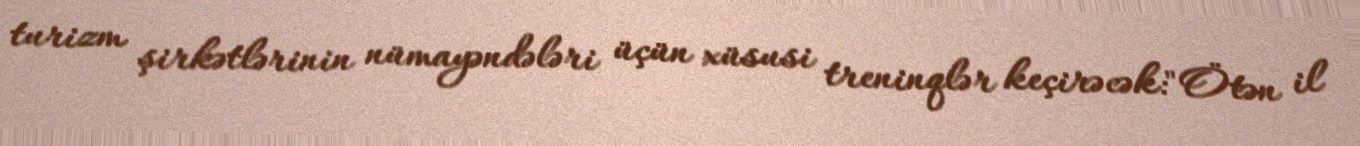
turizm şirkətlərinin nümayəndələri üçün xüsusi treninqlər keçirəcək:"Ötən il